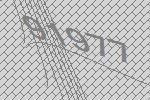
91977